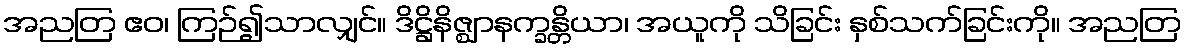
အညတြ ဧဝ၊ ကြဉ်၍သာလျှင်။ ဒိဋ္ဌိနိဇ္ဈာနက္ခန္တိယာ၊ အယူကို သိခြင်း နှစ်သက်ခြင်းကို။ အညတြ